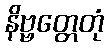
နိဗ္ဗတ္တေတုံ